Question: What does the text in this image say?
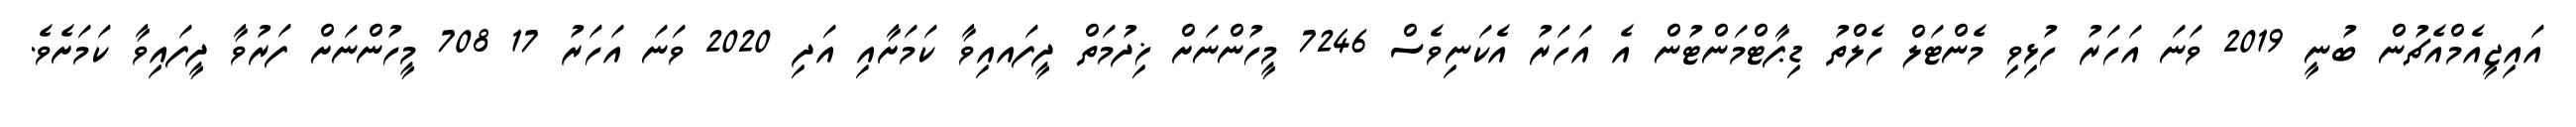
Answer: އައިޖީއެމްއެޗުން ބުނީ 2019 ވަނަ އަހަރު ހުޅިވި މެންޓަލް ހެލްތު ޑިޕާޓްމަންޓުން އެ އަހަރު އެކަނިވެސް 7246 މީހުންނަށް ޚިދުމަތް ދީފައއިވާ ކަމަށާއި އަދި 2020 ވަނަ އަހަރު 17 708 މީހުންނަށް ފަރުވާ ދީފައިވާ ކަމަށެވެ.